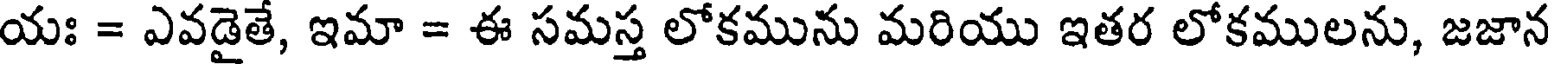
యః = ఎవడైతే, ఇమా = ఈ సమస్త లోకమును మరియు ఇతర లోకములను, జజాన